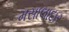
મસાલાદાર